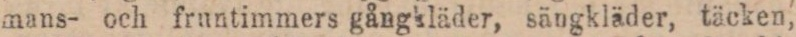
mans- och fruntimmers gångkläder, sängkläder, täcken,